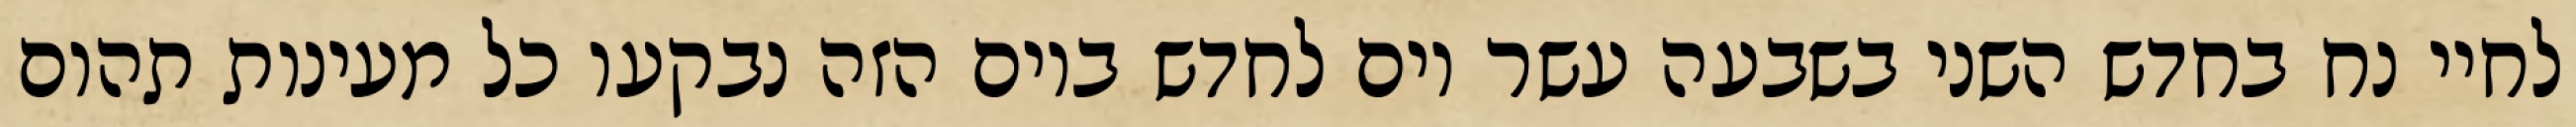
לחיי נח בחדש השני בשבעה עשר יום לחדש ביום הזה נבקעו כל מעינות תהום